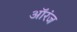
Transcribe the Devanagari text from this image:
ऑरंज